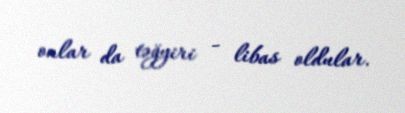
onlar da təğyiri - libas oldular.